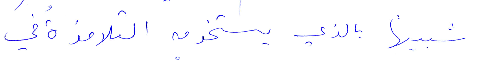
شبيهًا بالذي يستخدمه التلامذة في